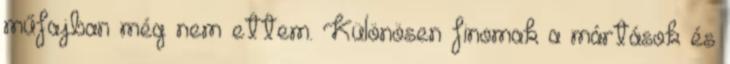
műfajban még nem ettem. Különösen finomak a mártások és